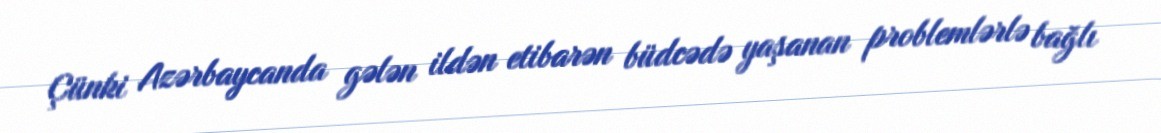
Çünki Azərbaycanda gələn ildən etibarən büdcədə yaşanan problemlərlə bağlı